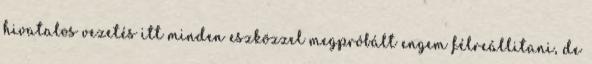
hivatalos vezetés itt minden eszközzel megpróbált engem félreállitani, de